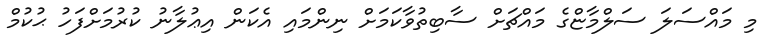
މި މައްސަލަ ސަލްމާޏްގެ މައްޗަށް ސާބިތުވާކަމަށް ނިންމައި އެކަން އިޢުލާނު ކުރުމަށްފަހު ޙުކުމް